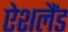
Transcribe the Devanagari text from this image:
ऐशलैंड